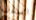
السادسه